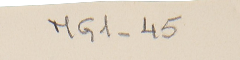
MG1-45